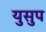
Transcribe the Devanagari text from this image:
युसुप